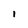
Character: 1